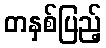
တနှစ်ပြည့်